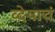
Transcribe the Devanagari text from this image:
व्देषाचं